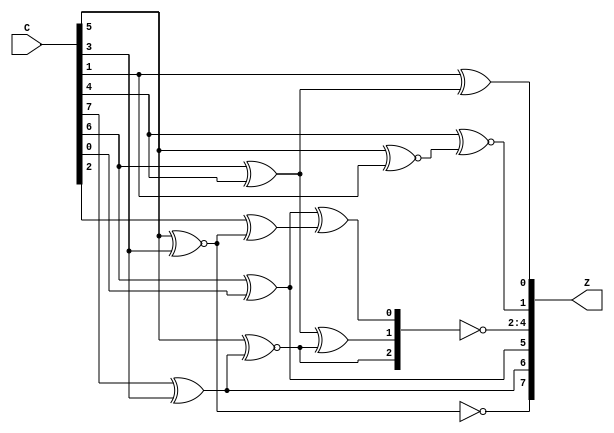
/*
* -----------------------------------------------------------------
* DOCUMENT: "Second-Order Low-Randomness d+1 Hardware Sharing of the AES" CCS'22
* -----------------------------------------------------------------
*
* Copyright (c) 2022, Aein Rezaei Shahmirzadi
*
* All rights reserved.
*
* THIS SOFTWARE IS PROVIDED BY THE COPYRIGHT HOLDERS AND CONTRIBUTORS "AS IS" AND
* ANY EXPRESS OR IMPLIED WARRANTIES, INCLUDING, BUT NOT LIMITED TO, THE IMPLIED
* WARRANTIES OF MERCHANTABILITY AND FITNESS FOR A PARTICULAR PURPOSE ARE
* DISCLAIMED. IN NO EVENT SHALL THE COPYRIGHT HOLDER OR CONTRIBUTERS BE LIABLE FOR ANY
* DIRECT, INDIRECT, INCIDENTAL, SPECIAL, EXEMPLARY, OR CONSEQUENTIAL DAMAGES
* (INCLUDING, BUT NOT LIMITED TO, PROCUREMENT OF SUBSTITUTE GOODS OR SERVICES;
* LOSS OF USE, DATA, OR PROFITS; OR BUSINESS INTERRUPTION) HOWEVER CAUSED AND
* ON ANY THEORY OF LIABILITY, WHETHER IN CONTRACT, STRICT LIABILITY, OR TORT
* (INCLUDING NEGLIGENCE OR OTHERWISE) ARISING IN ANY WAY OUT OF THE USE OF THIS
* SOFTWARE, EVEN IF ADVISED OF THE POSSIBILITY OF SUCH DAMAGE.
*
* Please see LICENSE and README for license and further instructions.
*/
module Affine_output(
    input [7:0] C,
    output reg [7:0] Z
    );


	reg T1, T2, T3, T4, T5, T6, T7, T8, T9, T10;
	reg [7:0] D;

	always @(*) begin
		T1 = C[7] ^ C[3];
		T2 = C[6] ^ C[4];
		T3 = C[6] ^ C[0];
		T4 = C[5] ~^ C[3] ; 
		T5 = C[5] ~^ T1 ; 
		T6 = C[5] ~^ C[1] ; 
		T7 = C[4] ~^ T6 ; 
		T8 = C[2] ^ T4 ; 
		T9 = C[1] ^ T2 ; 

		D[7] = T4 ;
		D[6] = T1 ;
		D[5] = T3 ;
		D[4] = T5 ;
		D[3] = T2 ^ T5;
		D[2] = T3 ^ T8;
		D[1] = T7 ;
		D[0] = T9 ;
		
		Z[1:0] = D[1:0];
		Z[4:2] = ~ D[4:2];
		Z[6:5] = D[6:5];
		Z[7] = ~ D[7];
		
	end

endmodule